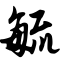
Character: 毓